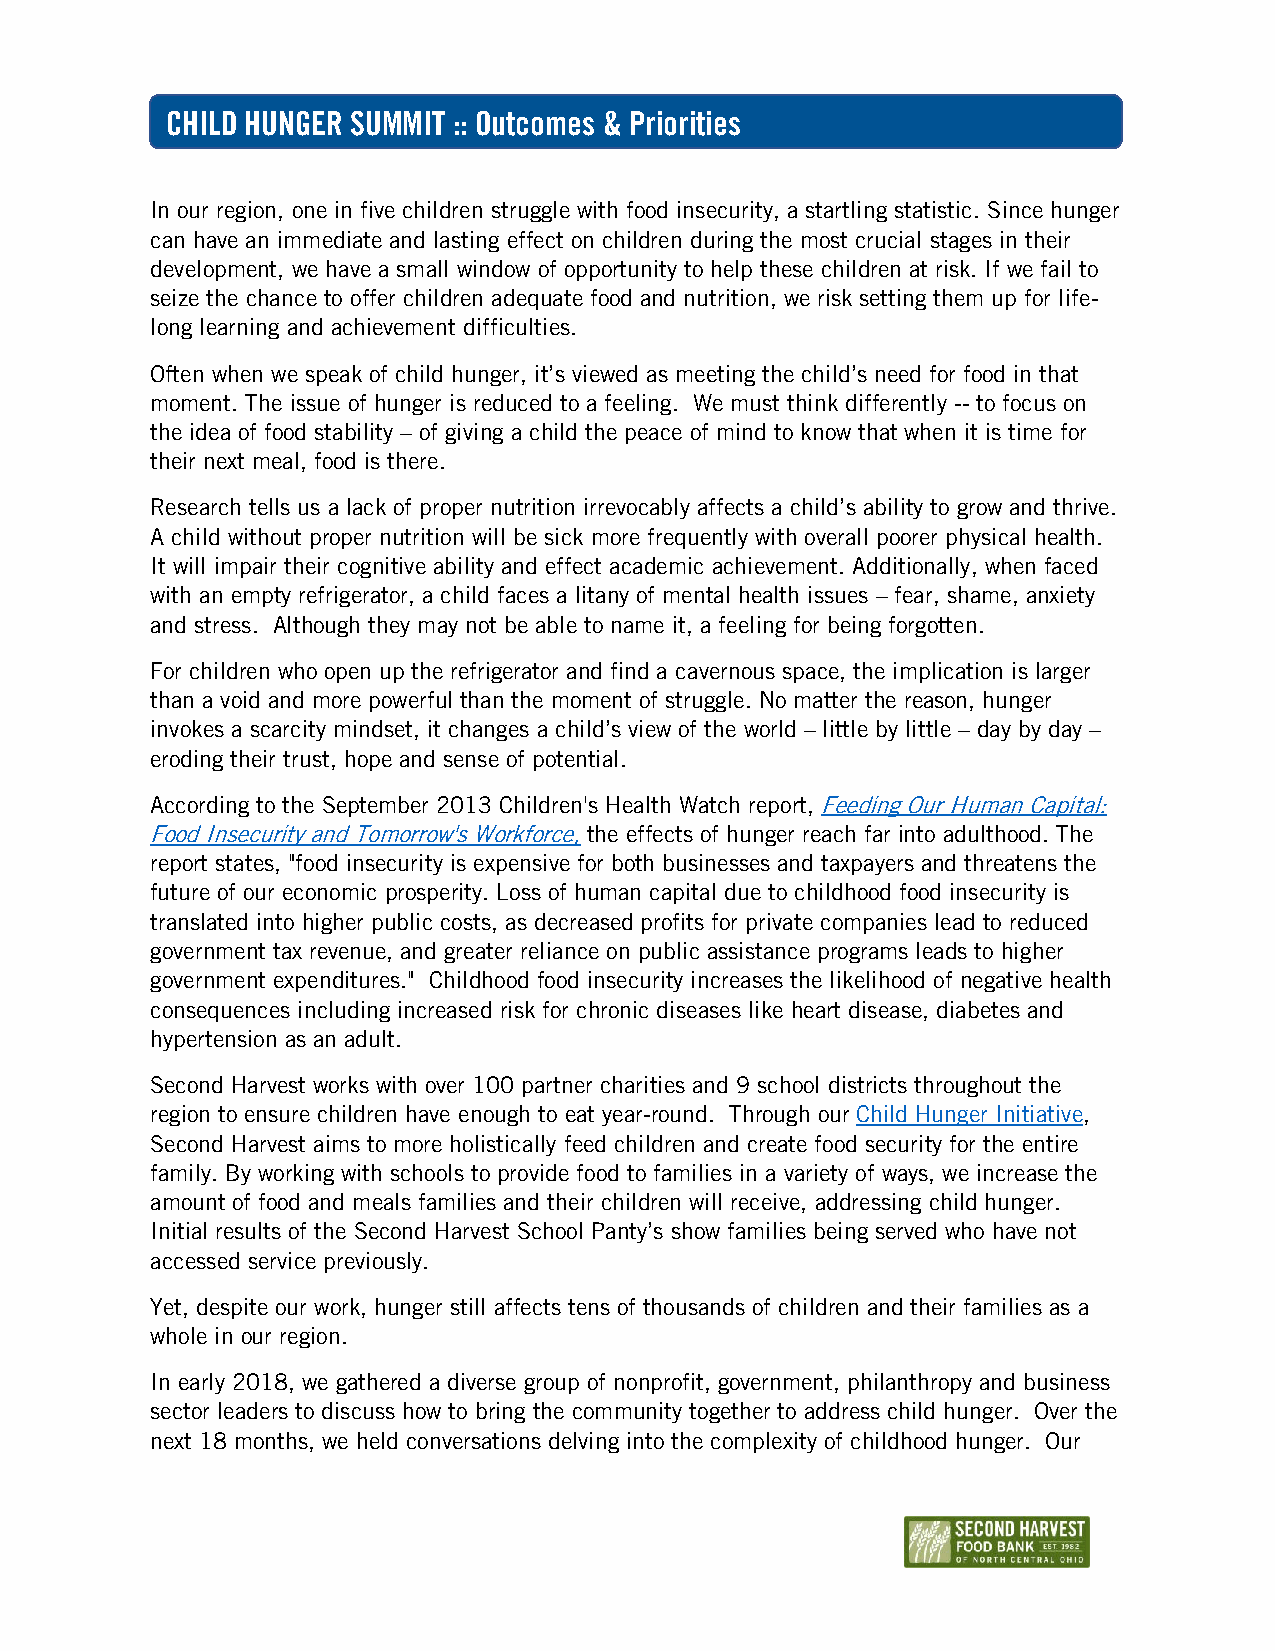
CHILD HUNGER SUMMIT :: Outcomes & Priorities
 In our region, one in five children struggle with food insecurity, a startling statistic. Since hunger
 can have an immediate and lasting effect on children during the most crucial stages in their
 development, we have a small window of opportunity to help these children at risk. If we fail to
 seize the chance to offer children adequate food and nutrition, we risk setting them up for life-
 long learning and achievement difficulties.
 Often when we speak of child hunger, it’s viewed as meeting the child’s need for food in that
 moment. The issue of hunger is reduced to a feeling. We must think differently -- to focus on
 the idea of food stability – of giving a child the peace of mind to know that when it is time for
 their next meal, food is there.
 Research tells us a lack of proper nutrition irrevocably affects a child’s ability to grow and thrive.
 A child without proper nutrition will be sick more frequently with overall poorer physical health.
 It will impair their cognitive ability and effect academic achievement. Additionally, when faced
 with an empty refrigerator, a child faces a litany of mental health issues – fear, shame, anxiety
 and stress. Although they may not be able to name it, a feeling for being forgotten.
 For children who open up the refrigerator and find a cavernous space, the implication is larger
 than a void and more powerful than the moment of struggle. No matter the reason, hunger
 invokes a scarcity mindset, it changes a child’s view of the world – little by little – day by day –
 eroding their trust, hope and sense of potential.
 According to the September 2013 Children's Health Watch report, Feeding Our Human Capital:
 Food Insecurity and Tomorrow's Workforce, the effects of hunger reach far into adulthood. The
 report states, "food insecurity is expensive for both businesses and taxpayers and threatens the
 future of our economic prosperity. Loss of human capital due to childhood food insecurity is
 translated into higher public costs, as decreased profits for private companies lead to reduced
 government tax revenue, and greater reliance on public assistance programs leads to higher
 government expenditures." Childhood food insecurity increases the likelihood of negative health
 consequences including increased risk for chronic diseases like heart disease, diabetes and
 hypertension as an adult.
 Second Harvest works with over 100 partner charities and 9 school districts throughout the
 region to ensure children have enough to eat year-round. Through our Child Hunger Initiative,
 Second Harvest aims to more holistically feed children and create food security for the entire
 family. By working with schools to provide food to families in a variety of ways, we increase the
 amount of food and meals families and their children will receive, addressing child hunger.
 Initial results of the Second Harvest School Panty’s show families being served who have not
 accessed service previously.
 Yet, despite our work, hunger still affects tens of thousands of children and their families as a
 whole in our region.
 In early 2018, we gathered a diverse group of nonprofit, government, philanthropy and business
 sector leaders to discuss how to bring the community together to address child hunger. Over the
 next 18 months, we held conversations delving into the complexity of childhood hunger. Our